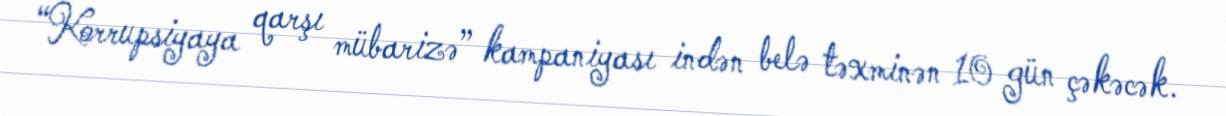
“Korrupsiyaya qarşı mübarizə” kampaniyası indən belə təxminən 10 gün çəkəcək.